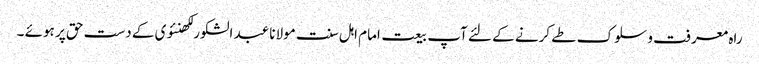
راہ معرفت و سلوک طے کرنے کے لئے آپ بیعت امام اہل سنت مولانا عبد الشکور لکھنئوی کے دست حق پر ہوئے ۔